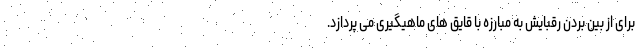
برای از بین بردن رقبایش به مبارزه با قایق های ماهیگیری می پردازد.